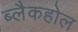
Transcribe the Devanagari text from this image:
ब्लैकहोल